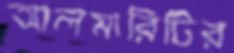
আলমারিটির